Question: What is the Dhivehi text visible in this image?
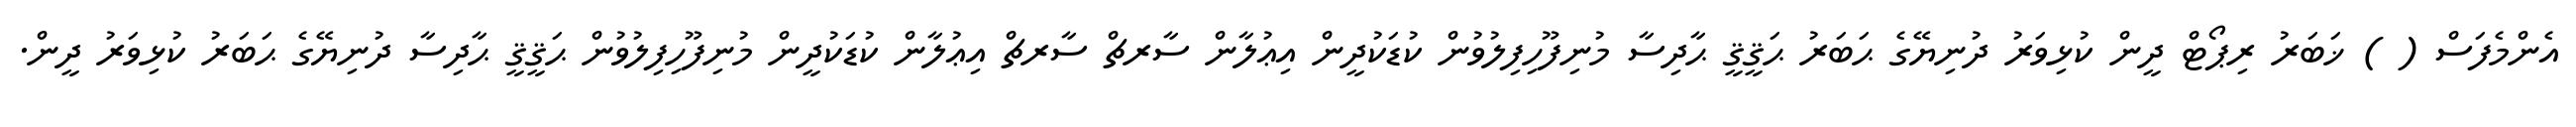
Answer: އެންމެފަސް ( ) ޚަބަރު ރިޕޯޓް ދީން ކުޅިވަރު ދުނިޔޭގެ ޙަބަރު ޙަޤީޤީ ޙާދިސާ މުނިފޫހިފިލުވުން ކުޑަކުދީން އިޢުލާން ސާރޗް ސާރޗް އިޢުލާން ކުޑަކުދީން މުނިފޫހިފިލުވުން ޙަޤީޤީ ޙާދިސާ ދުނިޔޭގެ ޙަބަރު ކުޅިވަރު ދީން.